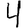
Digit: 4